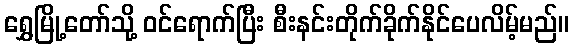
ရွှေမြို့တော်သို့ ဝင်ရောက်ပြီး စီးနင်းတိုက်ခိုက်နိုင်ပေလိမ့်မည်။